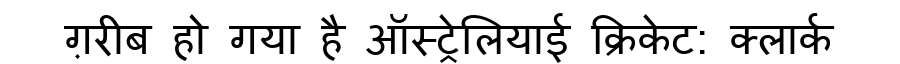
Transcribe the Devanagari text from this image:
ग़रीब हो गया है ऑस्ट्रेलियाई क्रिकेट: क्लार्क